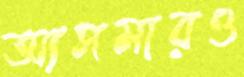
আসমারও